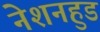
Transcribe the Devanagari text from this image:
नेशनहुड